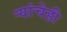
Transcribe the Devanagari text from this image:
ऱ्यांचेही